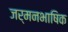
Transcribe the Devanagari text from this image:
जर्मनभाषिक